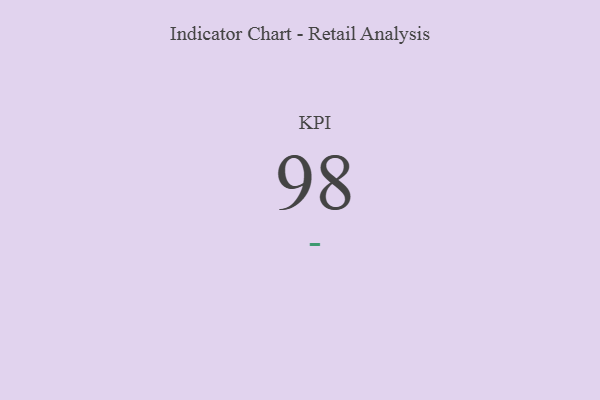
{"axis": {"x": "KPI", "y": "Value"}, "legend": [""], "data": [{"x": "KPI", "y": 98, "type": ""}]}